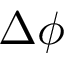
\Delta \phi